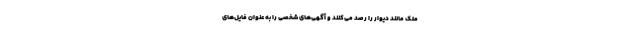
ملک مانند دیوار را رصد می‌کنند و آگهی‌های شخصی را به عنوان فایل‌های